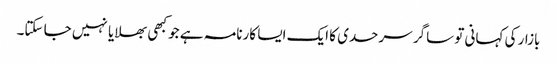
بازار کی کہانی تو ساگر سرحدی کا ایک ایسا کارنامہ ہے جو کبھی بھلایا نہیں جا سکتا۔